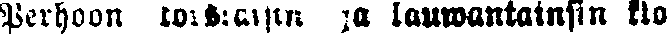
Perhoon torstaisin ja lauwantaisin klo